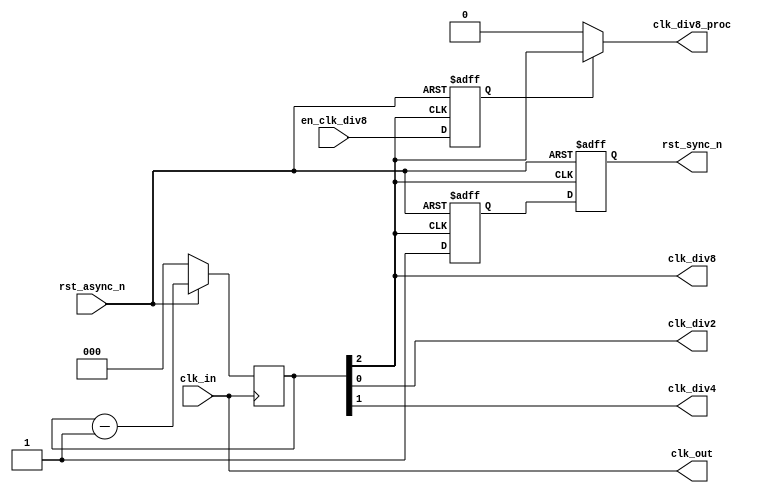
module clk_rst_mngr (
    
    input clk_in,
    input rst_async_n,
    input en_clk_div8,
    
    output rst_sync_n,

    output clk_out,
    output clk_div2,
    output clk_div4,
    output clk_div8,
    output clk_div8_proc
  );

reg [2:0] counter;
reg synch_rst_reg1_n, synch_rst_reg2_n;

reg en_clk_div8_reg;

// clock divider
always@(posedge clk_in)begin
  if(!rst_async_n)
     counter <= 0;
  else
     counter <= counter-1;
end

assign clk_out = clk_in;
assign clk_div2 = counter[0];
assign clk_div4 = counter[1];
assign clk_div8 = counter[2];

//change to make one delay to release the processor
always@(posedge clk_div8, negedge rst_async_n)begin
  if(!rst_async_n)begin
      en_clk_div8_reg <= 0;
  end
  else begin
      en_clk_div8_reg <= en_clk_div8;
  end
end
//"clock gate"
assign clk_div8_proc = en_clk_div8_reg?counter[2]:1'b0;


always@(posedge clk_div8, negedge rst_async_n)begin
   if(!rst_async_n)begin
      synch_rst_reg1_n <= 1'b0;
      synch_rst_reg2_n <= 1'b0;
   end
   else begin
      synch_rst_reg1_n <= 1'b1;
      synch_rst_reg2_n <= synch_rst_reg1_n;
   end
end

assign rst_sync_n = synch_rst_reg2_n;

endmodule